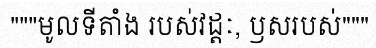
"""មូលទីតាំង របស់វដ្តៈ, ឫសរបស់"""